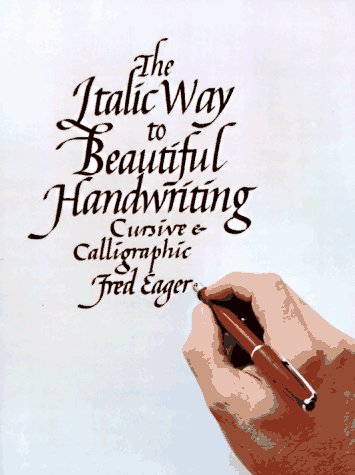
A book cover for The Italic Way to Beautiful Handwriting: Cursive and Calligraphic; Fred Eager; Arts & Photography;